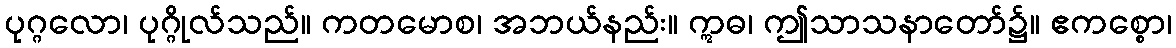
ပုဂ္ဂလော၊ ပုဂ္ဂိုလ်သည်။ ကတမောစ၊ အဘယ်နည်း။ ဣဓ၊ ဤသာသနာတော်၌။ ဧကစ္စော၊